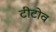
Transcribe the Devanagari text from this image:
टीटोव